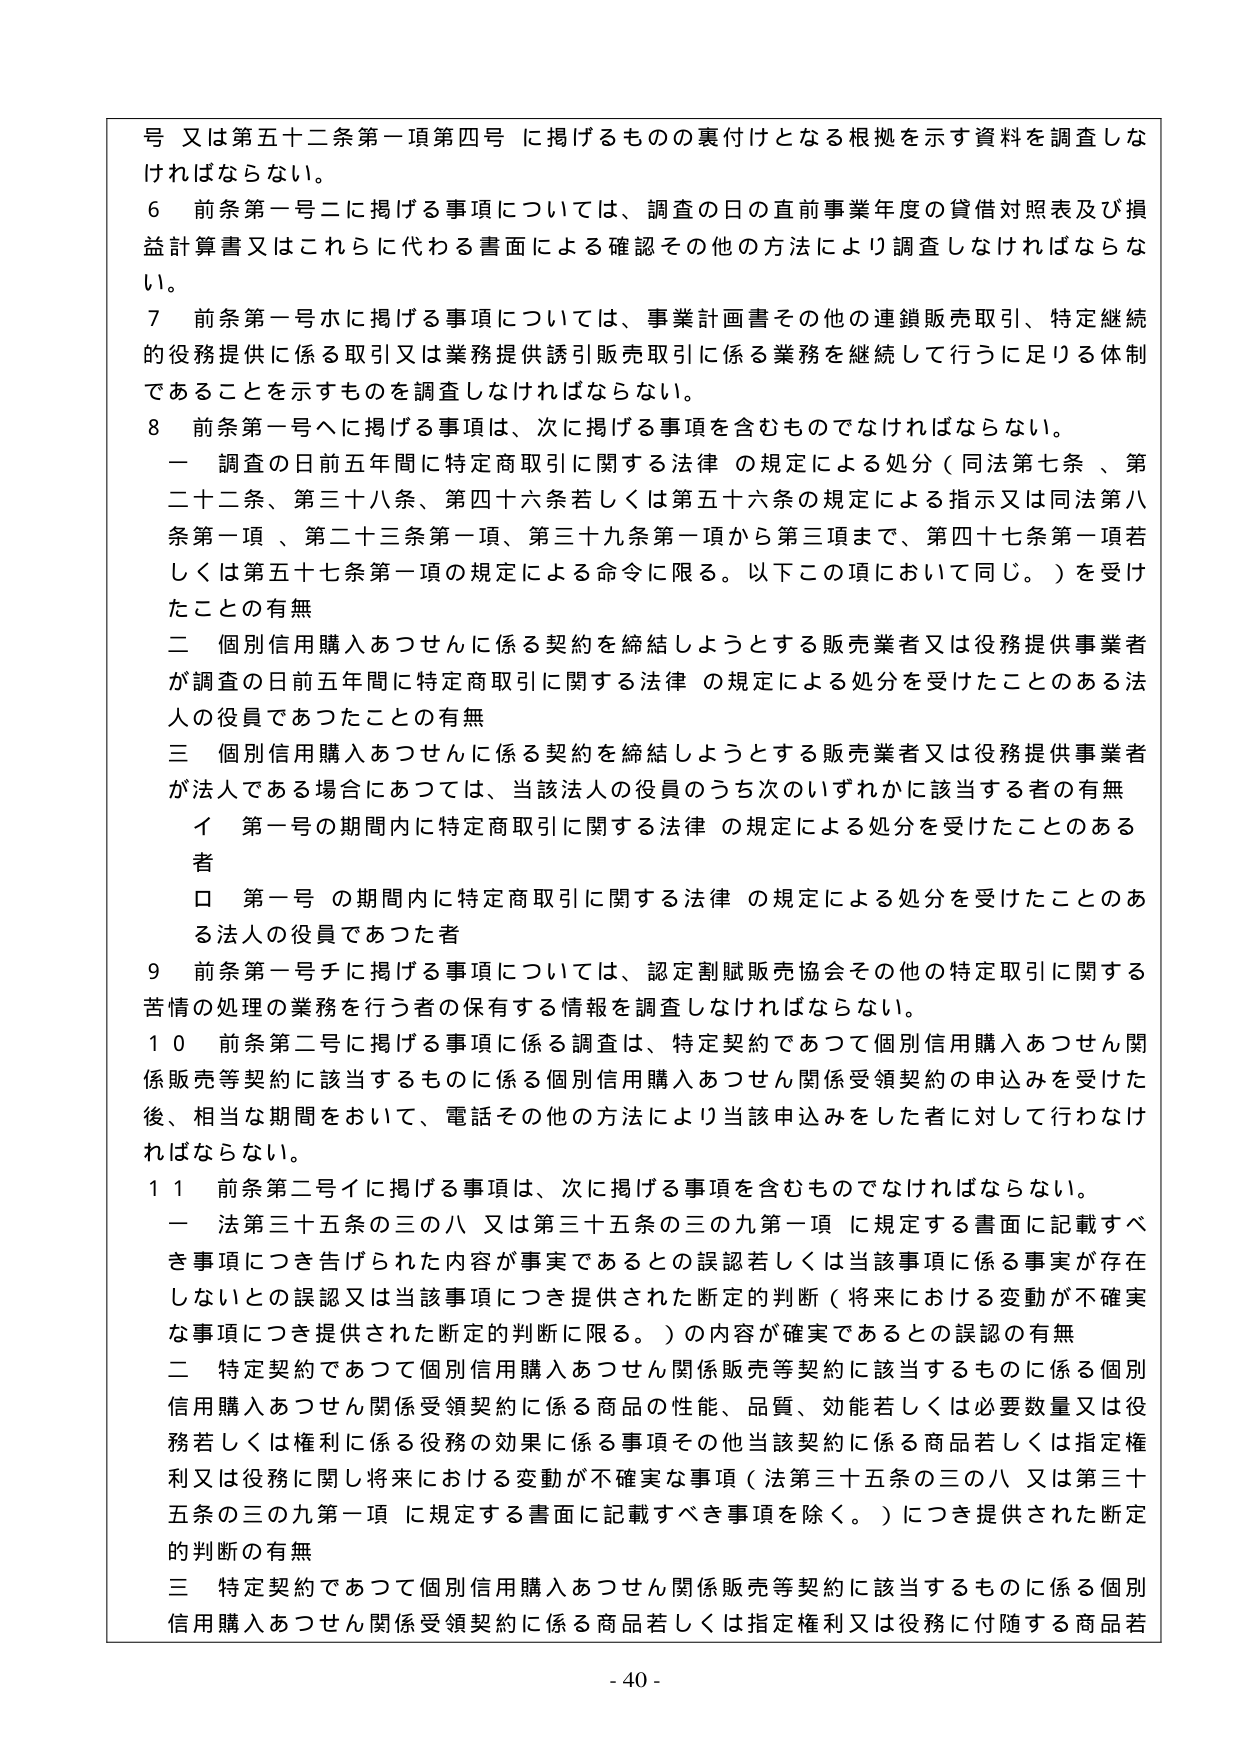
号 又は第五十二条第一項第四号 に掲げるものの裏付けとなる根拠を示す資料を調査しなければならない。

６ 前条第一号ニに掲げる事項については、調査の日の直前事業年度の貸借対照表及び損益計算書又はこれらに代わる書面による確認その他の方法により調査しなければならない。

７ 前条第一号ホに掲げる事項については、事業計画書その他の連鎖販売取引、特定継続的役務提供に係る取引又は業務提供誘引販売取引に係る業務を継続して行うに足りる体制であることを示すものを調査しなければならない。

８ 前条第一号ヘに掲げる事項は、次に掲げる事項を含むものでなければならない。

一 調査の日前五年間に特定商取引に関する法律 の規定による処分（同法第七条、第二十二条、第三十八条、第四十六条若しくは第五十六条の規定による指示又は同法第八条第一項、第二十三条第一項、第三十九条第一項から第三項まで、第四十七条第一項若しくは第五十七条第一項の規定による命令に限る。以下この項において同じ。）を受けたことの有無

二 個別信用購入あつせんに係る契約を締結しようとする販売業者又は役務提供事業者が調査の日前五年間に特定商取引に関する法律 の規定による処分を受けたことのある法人の役員であったことの有無

三 個別信用購入あつせんに係る契約を締結しようとする販売業者又は役務提供事業者が法人である場合にあつては、当該法人の役員のうち次のいずれかに該当する者の有無

　イ 第一号の期間内に特定商取引に関する法律 の規定による処分を受けたことのある者

　ロ 第一号の期間内に特定商取引に関する法律 の規定による処分を受けたことのある法人の役員であった者

９ 前条第一号チに掲げる事項については、認定割賦販売協会その他の特定取引に関する苦情の処理の業務を行う者の保有する情報を調査しなければならない。

１０ 前条第二号に掲げる事項に係る調査は、特定契約であつて個別信用購入あつせん関係販売等契約に該当するものに係る個別信用購入あつせん関係受領契約の申込みを受けた後、相当な期間をおいて、電話その他の方法により当該申込みをした者に対して行わなければならない。

１１ 前条第二号イに掲げる事項は、次に掲げる事項を含むものでなければならない。

一 法第三十五条の三の八 又は第三十五条の三の九第一項 に規定する書面に記載すべき事項につき告げられた内容が事実であるとの誤認若しくは当該事項に係る事実が存在しないとの誤認又は当該事項につき提供された断定的判断（将来における変動が不確実な事項につき提供された断定的判断に限る。）の内容が確実であるとの誤認の有無

二 特定契約であつて個別信用購入あつせん関係販売等契約に該当するものに係る個別信用購入あつせん関係受領契約に係る商品の性能、品質、効能若しくは必要数量又は役務若しくは権利に係る役務の効果に係る事項その他当該契約に係る商品若しくは指定権利又は役務に関し将来における変動が不確実な事項（法第三十五条の三の八 又は第三十五条の三の九第一項 に規定する書面に記載すべき事項を除く。）につき提供された断定的判断の有無

三 特定契約であつて個別信用購入あつせん関係販売等契約に該当するものに係る個別信用購入あつせん関係受領契約に係る商品若しくは指定権利又は役務に付随する商品若

- 40 -